Report on vaccination proceedings throughout the Government of Bengal -
Year: 1868
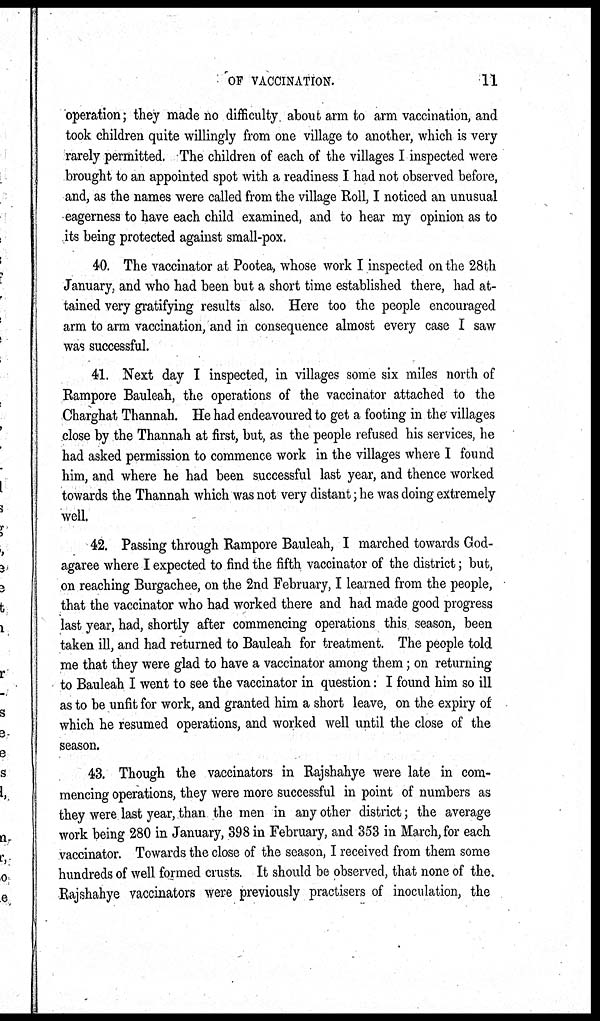
OF VACCINATION.
11
operation; they made no difficulty about arm to arm vaccination, and
took children quite willingly from one village to another, which is very
rarely permitted. The children of each of the villages I inspected were
brought to an appointed spot with a readiness I had not observed before,
and, as the names were called from the village Roll, I noticed an unusual
eagerness to have each child examined, and to hear my opinion as to
its being protected against small-pox.
40. The vaccinator at Pootea, whose work I inspected on the 28th
January, and who had been but a short time established there, had at-
tained very gratifying results also. Here too the people encouraged
arm to arm vaccination, and in consequence almost every case I saw
was successful.
41. Next day I inspected, in villages some six miles north of
Rampore Bauleah, the operations of the vaccinator attached to the
Charghat Thannah. He had endeavoured to get a footing in the villages
close by the Thannah at first, but, as the people refused his services, he
had asked permission to commence work in the villages where I found
him, and where he had been successful last year, and thence worked
towards the Thannah which was not very distant; he was doing extremely
well.
42. Passing through Rampore Bauleah, I marched towards God-
agaree where I expected to find the fifth vaccinator of the district; but,
on reaching Burgachee, on the 2nd February, I learned from the people,
that the vaccinator who had worked there and had made good progress
last year, had, shortly after commencing operations this season, been
taken ill, and had returned to Bauleah for treatment. The people told
me that they were glad to have a vaccinator among them; on returning
to Bauleah I went to see the vaccinator in question: I found him so ill
as to be unfit for work, and granted him a short leave, on the expiry of
which he resumed operations, and worked well until the close of the
season.
43. Though the vaccinators in Rajshahye were late in com-
mencing operations, they were more successful in point of numbers as
they were last year, than the men in any other district; the average
work being 280 in January, 398 in February, and 353 in March, for each
vaccinator. Towards the close of the season, I received from them some
hundreds of well formed crusts. It should be observed, that none of the.
Rajshahye vaccinators were previously practisers of inoculation, the